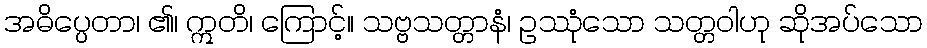
အဓိပ္ပေတာ၊ ၏၊ ဣတိ၊ ကြောင့်။ သဗ္ဗသတ္တာနံ၊ ဥဿုံသော သတ္တဝါဟု ဆိုအပ်သော